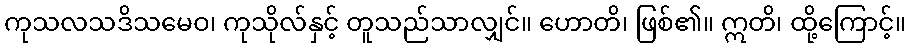
ကုသလသဒိသမေဝ၊ ကုသိုလ်နှင့် တူသည်သာလျှင်။ ဟောတိ၊ ဖြစ်၏။ ဣတိ၊ ထို့ကြောင့်။